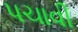
પચાવી